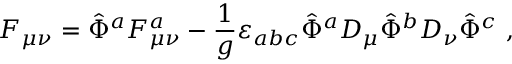
{ \cal F } _ { \mu \nu } = \hat { \Phi } ^ { a } F _ { \mu \nu } ^ { a } - \frac { 1 } { g } \varepsilon _ { a b c } \hat { \Phi } ^ { a } D _ { \mu } \hat { \Phi } ^ { b } D _ { \nu } \hat { \Phi } ^ { c } \ ,